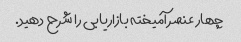
چهار عنصر آمیخته بازاریابی را شرح دهید.